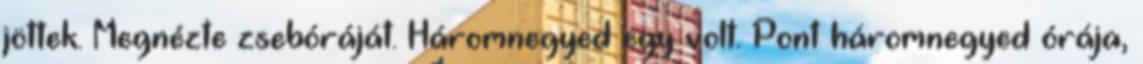
jöttek. Megnézte zsebóráját. Háromnegyed egy volt. Pont háromnegyed órája,